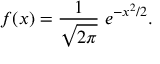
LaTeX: f ( x ) = { \frac { 1 } { \sqrt { 2 \pi } } } \; e ^ { - x ^ { 2 } / 2 } .